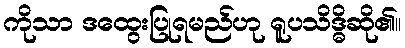
ကိုသာ ဒထွေးပြုရမည်ဟု ရူပသိဒ္ဓိဆို၏။